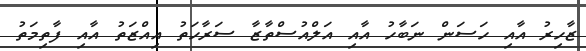
ޒާހިރު އާއި ހަސަން ނަބާހު އާއި އަަލްއުސްތާޒާ ސަރާހަތު އިއްޒަތު އާއި ފާތިމަތު